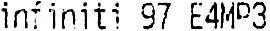
INFINITI 97 E4MP3